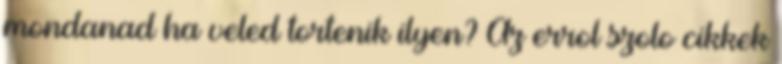
mondanad ha veled tortenik ilyen? Az errol szolo cikkek